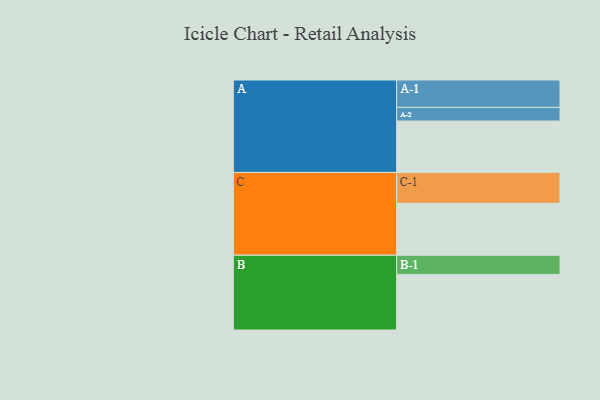
{"axis": {"x": "Segment", "y": "Value"}, "legend": ["", "A", "B", "C"], "data": [{"x": "A", "y": 364, "type": ""}, {"x": "B", "y": 394, "type": ""}, {"x": "C", "y": 368, "type": ""}, {"x": "A-1", "y": 194, "type": "A"}, {"x": "A-2", "y": 97, "type": "A"}, {"x": "B-1", "y": 136, "type": "B"}, {"x": "C-1", "y": 219, "type": "C"}]}